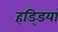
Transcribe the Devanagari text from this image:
हडि्डयां